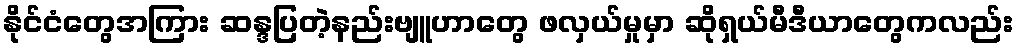
နိုင်ငံတွေအကြား ဆန္ဒပြတဲ့နည်းဗျူဟာတွေ ဖလှယ်မှုမှာ ဆိုရှယ်မီဒီယာတွေကလည်း